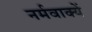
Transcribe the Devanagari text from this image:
नर्मवाक्यें